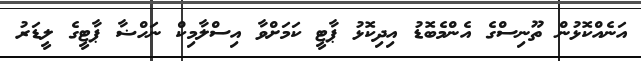
އަނެއްކޮޅުން ތޫނިސްގެ އެންމެބޮޑު އިދިކޮޅު ޕާޓީ ކަމަށްވާ އިސްލާމިކް ނަހްޟާ ޕާޓީގެ ލީޑަރު